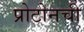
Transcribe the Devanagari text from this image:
प्रोटोनची